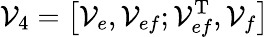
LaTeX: {\cal V}_{4}=\big[{\cal V}_{e},{\cal V}_{ef};{\cal V}_{ef}^{\mathrm{T}},{\cal V}_{f}\big]